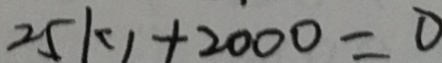
2 5 k _ { 1 } + 2 0 0 0 = 0